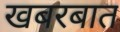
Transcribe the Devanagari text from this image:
खबरबात